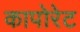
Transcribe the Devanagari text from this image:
कापोरेट